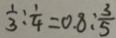
\frac { 1 } { 3 } : \frac { 1 } { 4 } = 0 . 8 : \frac { 3 } { 5 }